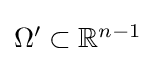
{\textstyle \Omega '\subset \mathbb {R} ^{n-1}}